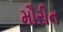
મૌરીન